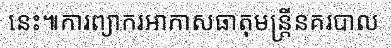
នេះ៕ការព្យាករអាកាសធាតុមន្ត្រីនគរបាល